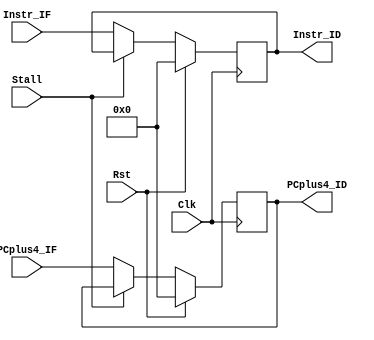
`timescale 1ns/1ns

module IF_ID( Clk, Rst, Stall, PCplus4_IF, Instr_IF, PCplus4_ID, Instr_ID );

  input             Clk, Rst, Stall;
  input      [31:0] PCplus4_IF; 
  input      [31:0] Instr_IF;
  output reg [31:0] PCplus4_ID; 
  output reg [31:0] Instr_ID;
  
  always@( posedge Clk )
  begin
    
    if( Rst ) 
    begin

      PCplus4_ID <= 0;
      Instr_ID <= 0;

    end

    else if( Stall ) 
    begin

      PCplus4_ID <= PCplus4_ID;
      Instr_ID <= Instr_ID;

    end

    else 
    begin

      PCplus4_ID <= PCplus4_IF;
      Instr_ID <= Instr_IF;

    end

  end
  
endmodule